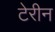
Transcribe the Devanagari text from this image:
टेरीन